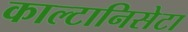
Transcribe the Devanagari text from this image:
काल्टानिसेटा